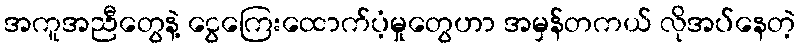
အကူအညီတွေနဲ့ ငွေကြေးထောက်ပံ့မှုတွေဟာ အမှန်တကယ် လိုအပ်နေတဲ့